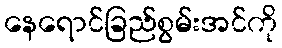
နေရောင်ခြည်စွမ်းအင်ကို